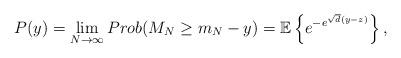
LaTeX: \begin{align*}P(y)=\lim_{N\to \infty} Prob(M_N \ge m_N-y)=\mathbb{E}\left\{e^{-e^{\sqrt{d}(y-z)}}\right\},\end{align*}